Document type: Testament
Year: 1300
Scribe: Bonanat d'Esparreguera
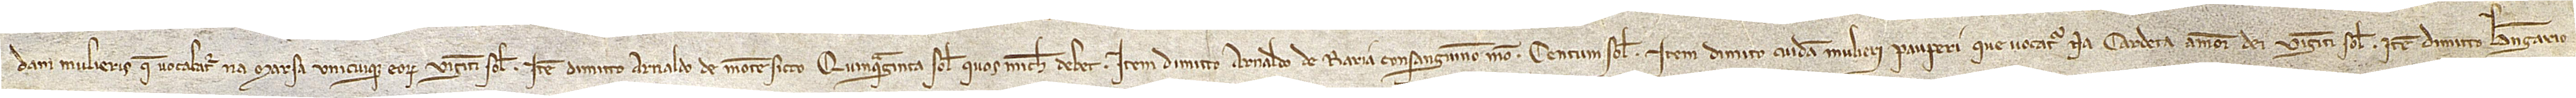
dam mulieris que vocabatur na Marsa unicuique eorum viginti solidos. Item, dimito Arnaldo de Montesicco quinquaginto solidos quos michi debet. Item, dimitto Arnaldo de Raria, consanguineo meo, centum solidos. Item, dimito cuidam mulieri pauperi que vocatur na Cardera, amore Dei, viginti solidos. Item, dimitto Berengario